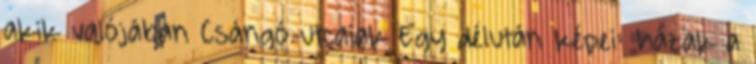
akik valójában Csángó utcaiak Egy délután képei: házak a